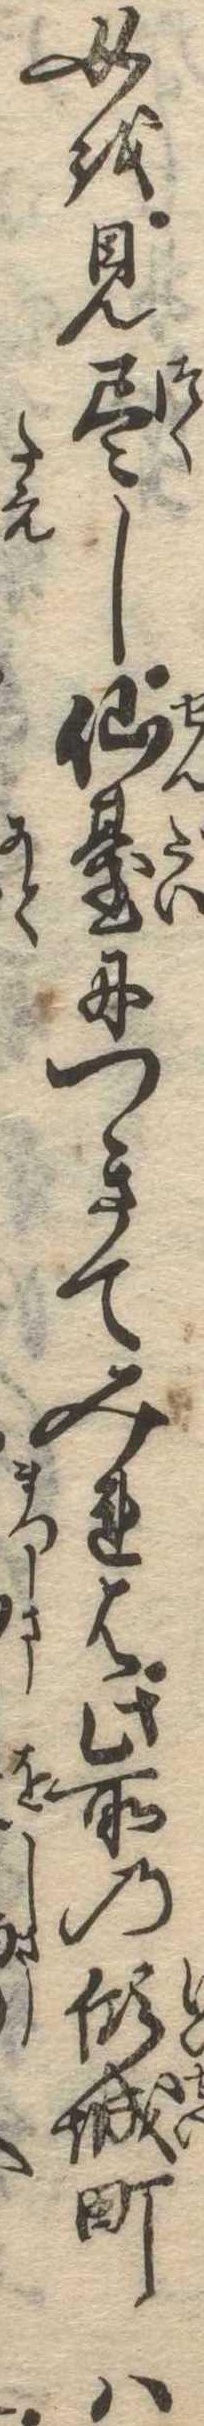
女を見尽し仙台につきてみれは此所の傾城町は